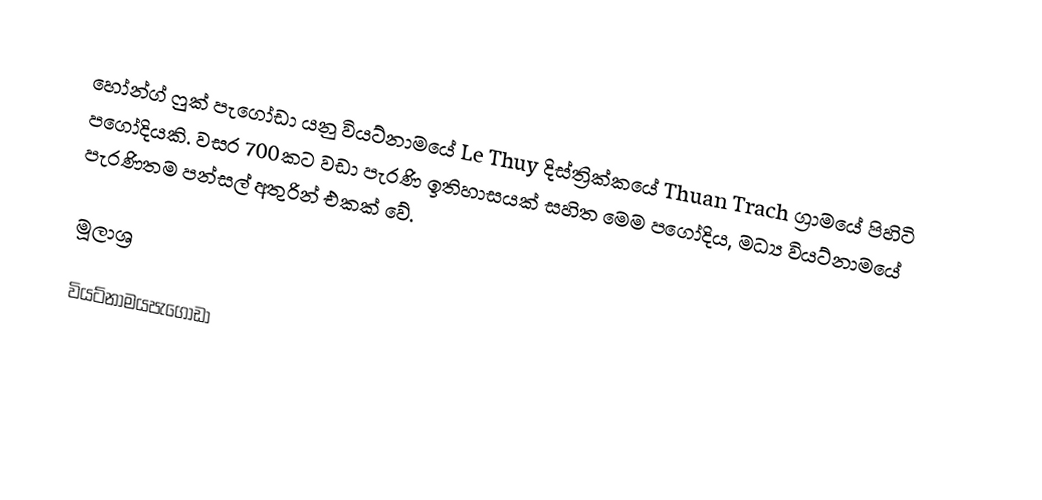
හෝන්ග් ෆුක් පැගෝඩා යනු වියට්නාමයේ Le Thuy දිස්ත්‍රික්කයේ Thuan Trach ග්‍රාමයේ පිහිටි පගෝදියකි. වසර 700කට වඩා පැරණි ඉතිහාසයක් සහිත මෙම පගෝදිය, මධ්‍ය වියට්නාමයේ පැරණිතම පන්සල් අතුරින් එකක් වේ.

මූලාශ්‍ර

වියට්නාමයපැගෝඩා